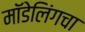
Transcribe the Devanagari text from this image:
मॉडेलिंगचा